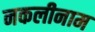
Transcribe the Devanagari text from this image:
नकलीनाम